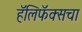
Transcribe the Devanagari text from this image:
हॅलिफॅक्सचा